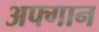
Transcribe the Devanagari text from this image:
अफ्गान